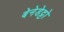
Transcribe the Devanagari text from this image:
बेनेडेट्टो